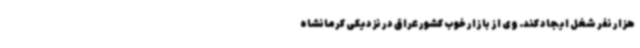
هزار نفر شغل ایجاد کند. وی از بازار خوب کشور عراق در نزدیکی کرمانشاه